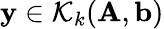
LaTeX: \mathbf{y}\in\mathcal{K}_{k}(\mathbf{A},\mathbf{b})